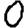
Digit: 0